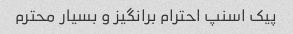
پیک اسنپ احترام برانگیز و بسیار محترم